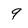
Character: 9